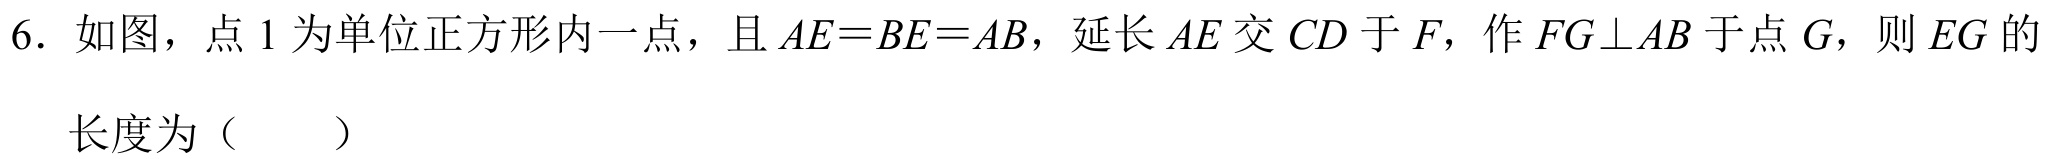
6. 如图，点 \(E\) 为单位正方形内一点，且 \(AE = BE = AB\)，延长 \(AE\) 交 \(CD\) 于 \(F\)，作 \(FG\perp AB\) 于点 \(G\)，则 \(EG\) 的
长度为（  ）